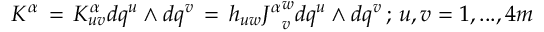
K ^ { \alpha } \, = \, K _ { u v } ^ { \alpha } d q ^ { u } \wedge d q ^ { v } \, = \, h _ { u w } { J ^ { \alpha } } _ { v } ^ { w } d q ^ { u } \wedge d q ^ { v } \, ; \, u , v = 1 , . . . , 4 m